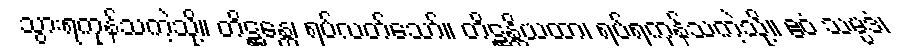
သွားရကုန်သကဲ့သို့။ တိဋ္ဌန္တေ၊ ရပ်လတ်သော်။ တိဋ္ဌန္တိယထာ၊ ရပ်ရကုန်သကဲ့သို့။ ဧဝံ သမ္ပဒံ၊